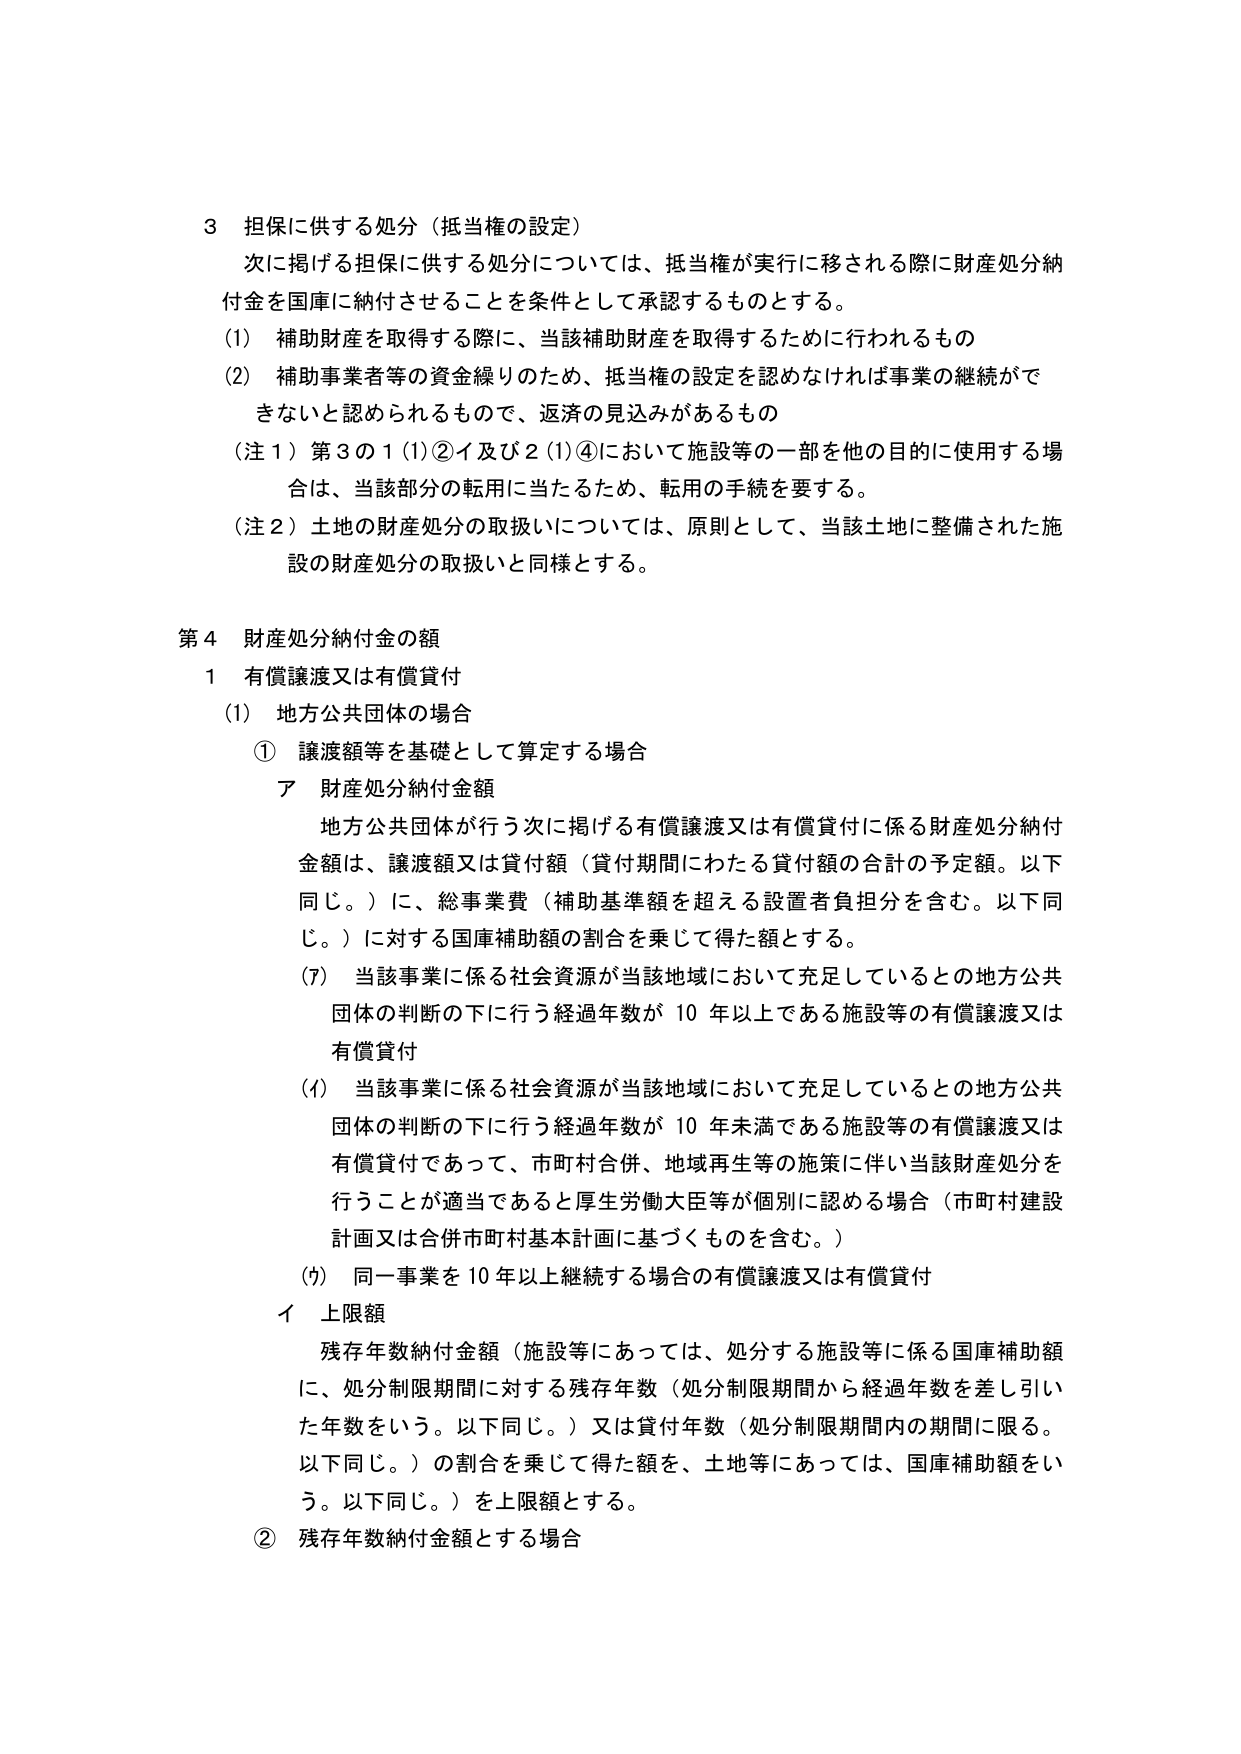
3 担保に供する処分（抵当権の設定）
次に掲げる担保に供する処分については、抵当権が実行に移される際に財産処分納付金を国庫に納付させることを条件として承認するものとする。
(1) 補助財産を取得する際に、当該補助財産を取得するために行われるもの
(2) 補助事業者等の資金繰りのため、抵当権の設定を認めなければ事業の継続ができないと認められるもので、返済の見込みがあるもの
（注１）第３の１(1)②イ及び２(1)④において施設等の一部を他の目的に使用する場合は、当該部分の転用に当たるため、転用の手続を要する。
（注２）土地の財産処分の取扱いについては、原則として、当該土地に整備された施設の財産処分の取扱いと同様とする。

第４ 財産処分納付金の額
１ 有償譲渡又は有償貸付
(1) 地方公共団体の場合
① 譲渡額等を基礎として算定する場合
ア 財産処分納付金額
地方公共団体が行う次に掲げる有償譲渡又は有償貸付に係る財産処分納付金額は、譲渡額又は貸付額（貸付期間にわたる貸付額の合計の予定額。以下同じ。）に、総事業費（補助基準額を超える設置者負担分を含む。以下同じ。）に対する国庫補助額の割合を乗じて得た額とする。
(ｱ) 当該事業に係る社会資源が当該地域において充足しているとの地方公共団体の判断の下に行う経過年数が10年以上である施設等の有償譲渡又は有償貸付
(ｲ) 当該事業に係る社会資源が当該地域において充足しているとの地方公共団体の判断の下に行う経過年数が10年未満である施設等の有償譲渡又は有償貸付であって、市町村合併、地域再生等の施策に伴い当該財産処分を行うことが適当であると厚生労働大臣等が個別に認める場合（市町村建設計画又は合併市町村基本計画に基づくものを含む。）
(ｳ) 同一事業を10年以上継続する場合の有償譲渡又は有償貸付
イ 上限額
残存年数納付金額（施設等にあっては、処分する施設等に係る国庫補助額に、処分制限期間に対する残存年数（処分制限期間から経過年数を差し引いた年数をいう。以下同じ。）又は貸付年数（処分制限期間内の期間に限る。以下同じ。）の割合を乗じて得た額を、土地等にあっては、国庫補助額をいう。以下同じ。）を上限額とする。
② 残存年数納付金額とする場合